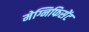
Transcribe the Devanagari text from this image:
मेग्निफिसेंट